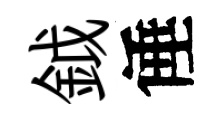
鉞倕